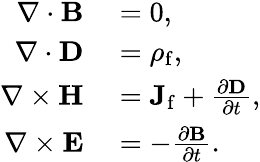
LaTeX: \begin{array}{rl}{\nabla\cdot\mathbf{B}}&{{}=0,}\\ {\nabla\cdot\mathbf{D}}&{{}=\rho_{\mathrm{f}},}\\ {\nabla\times\mathbf{H}}&{{}=\mathbf{J}_{\mathrm{f}}+{\frac{\partial\mathbf{D}}{\partial t}},}\\ {\nabla\times\mathbf{E}}&{{}=-{\frac{\partial\mathbf{B}}{\partial t}}.}\end{array}